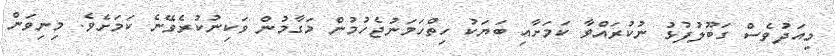
މިއަދުވެސް ގަބޫލުފުޅު ނުކުރައްވާ ކަަމަށާއި ބަޔަކު ހިތްހަމަނުޖެހުމުން މަގާމުން ވަކިނުކުރެވޭނެ ކަމަށެވެ. މިނިވަން